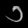
Digit: ၁